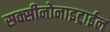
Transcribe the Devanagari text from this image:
सक्सीनोनाइट्राईल